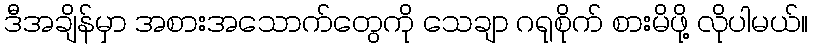
ဒီအချိန်မှာ အစားအသောက်တွေကို သေချာ ဂရုစိုက် စားမိဖို့ လိုပါမယ်။